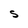
Character: S